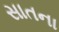
સાતના